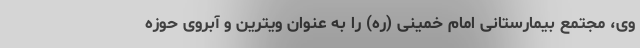
وی، مجتمع بیمارستانی امام خمینی (ره) را به عنوان ویترین و آبروی حوزه